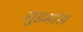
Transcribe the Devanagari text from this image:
गुडमांस